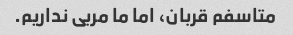
متاسفم قربان، اما ما مربی نداریم.